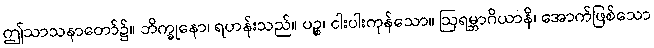
ဤသာသနာတော်၌။ ဘိက္ခုနော၊ ရဟန်းသည်။ ပဉ္စ၊ ငါးပါးကုန်သော။ ဩရမ္ဘာဂိယာနိ၊ အောက်ဖြစ်သော